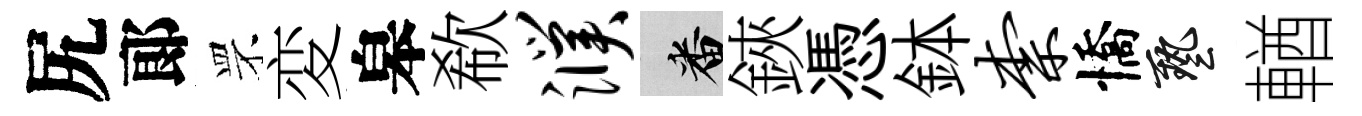
尻郞罘変皋欷濮番鋏憑鉢柰憍藝輶